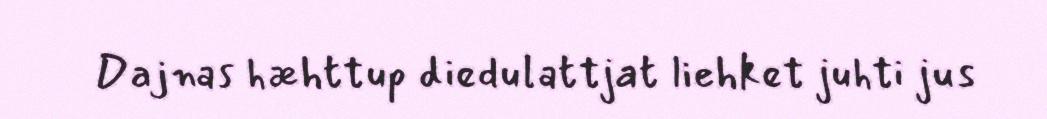
Dajnas hæhttup diedulattjat liehket juhti jus